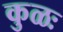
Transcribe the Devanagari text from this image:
कुळः